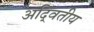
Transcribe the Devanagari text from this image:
अदि्वतीय